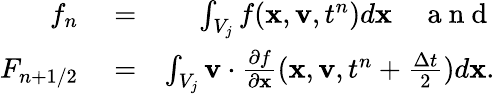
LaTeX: \begin{array}{rlr}{f_{n}}&{{}=}&{\int_{V_{j}}f(\mathbf x,\mathbf v,t^{n})d\mathbf x\quad\mathrm{~a~n~d~}}\\ {F_{n+1/2}}&{{}=}&{\int_{V_{j}}\mathbf v\cdot\frac{\partial f}{\partial\mathbf x}(\mathbf x,\mathbf v,t^{n}+\frac{\Delta t}{2})d\mathbf x.}\end{array}